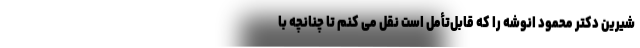
شیرین دکتر محمود انوشه را که قابل‌تأمل است نقل می کنم تا چنانچه با